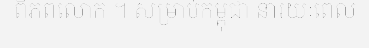
ពិភពលោក ។ សម្រាប់កម្ពុជា នារយៈពេល